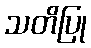
သတိပြု